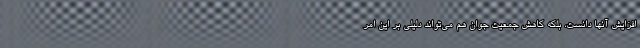
افزایش آنها دانست، بلکه کاهش جمعیت جوان هم می‌تواند دلیلی بر این امر